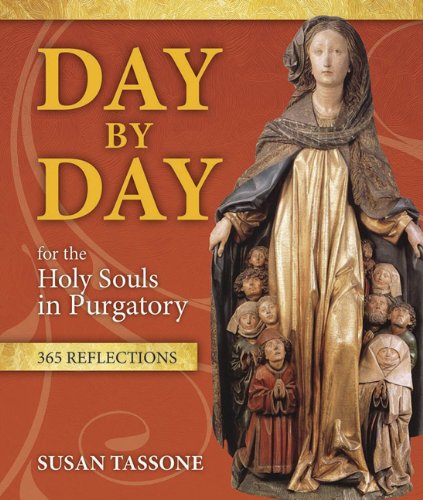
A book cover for Day by Day for the Holy Souls in Purgatory: 365 Reflections; Susan Tassone; Christian Books & Bibles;